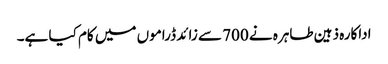
اداکارہ ذہین طاہرہ نے 700 سے زائد ڈراموں میں کام کیا ہے۔